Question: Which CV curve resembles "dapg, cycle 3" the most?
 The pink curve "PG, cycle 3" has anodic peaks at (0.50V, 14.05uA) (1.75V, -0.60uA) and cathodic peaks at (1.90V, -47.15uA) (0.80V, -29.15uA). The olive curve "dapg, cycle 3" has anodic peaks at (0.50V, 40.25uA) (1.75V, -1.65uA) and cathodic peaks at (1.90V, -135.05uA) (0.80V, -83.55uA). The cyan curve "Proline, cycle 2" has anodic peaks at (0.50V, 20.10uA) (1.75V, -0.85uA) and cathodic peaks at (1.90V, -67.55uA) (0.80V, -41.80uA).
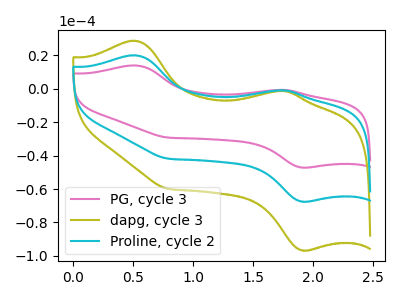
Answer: <think>All the peaks in "PG, cycle 3" have a peak in "dapg, cycle 3" at the same potential. All the peaks in "PG, cycle 3" have a peak in "Proline, cycle 2" at the same potential. All the peaks in "dapg, cycle 3" have a peak in "Proline, cycle 2" at the same potential.
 </think>
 <answer>"dapg, cycle 3" and "Proline, cycle 2" have a similar shape to "PG, cycle 3".</answer>
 <eval>"dapg, cycle 3" "Proline, cycle 2"</eval>